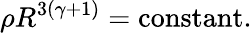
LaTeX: \rho R^{3(\gamma+1)}=\mathrm{constant}.